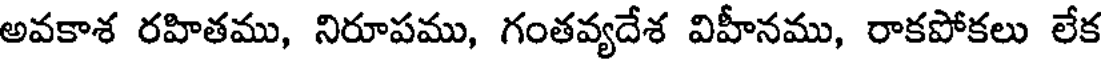
అవకాశ రహితము, నిరూపము, గంతవ్యదేశ విహీనము, రాకపోకలు లేక